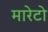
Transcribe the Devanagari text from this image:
मारेटो